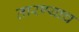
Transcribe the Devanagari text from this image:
तारण्याच